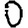
Digit: 0